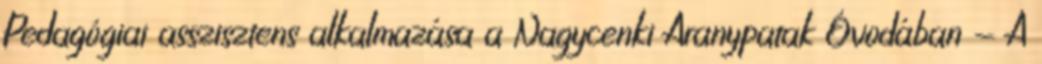
Pedagógiai asszisztens alkalmazása a Nagycenki Aranypatak Óvodában - A